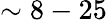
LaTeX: \sim 8-25